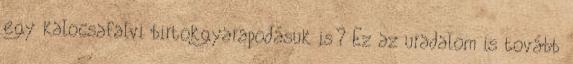
egy kalocsafalvi birtokgyarapodásuk is? Ez az uradalom is tovább